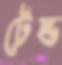
টেন্ড